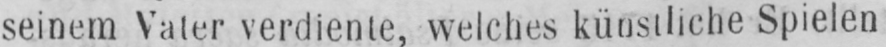
seinem Vater verdiente, welches künstliche Spielen